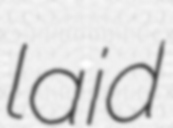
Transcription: laid